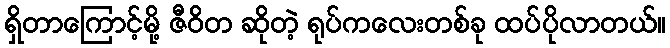
ရှိတာကြောင့်မို့ ဇီဝိတ ဆိုတဲ့ ရုပ်ကလေးတစ်ခု ထပ်ပိုလာတယ်။